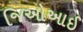
જિઓઆઈ